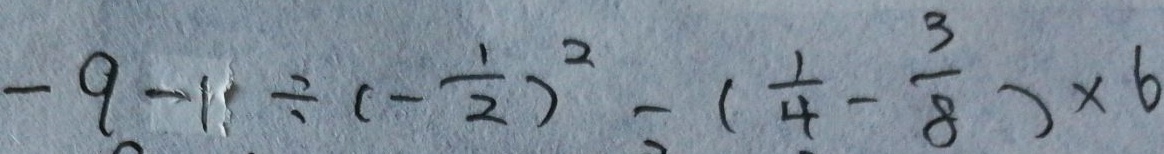
- 9 - 1 \div ( - \frac { 1 } { 2 } ) ^ { 2 } - ( \frac { 1 } { 4 } - \frac { 3 } { 8 } ) \times 6